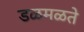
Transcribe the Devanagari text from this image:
डळमळते